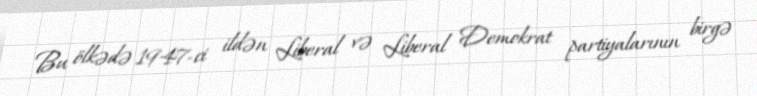
Bu ölkədə 1947-ci ildən Liberal və Liberal Demokrat partiyalarının birgə